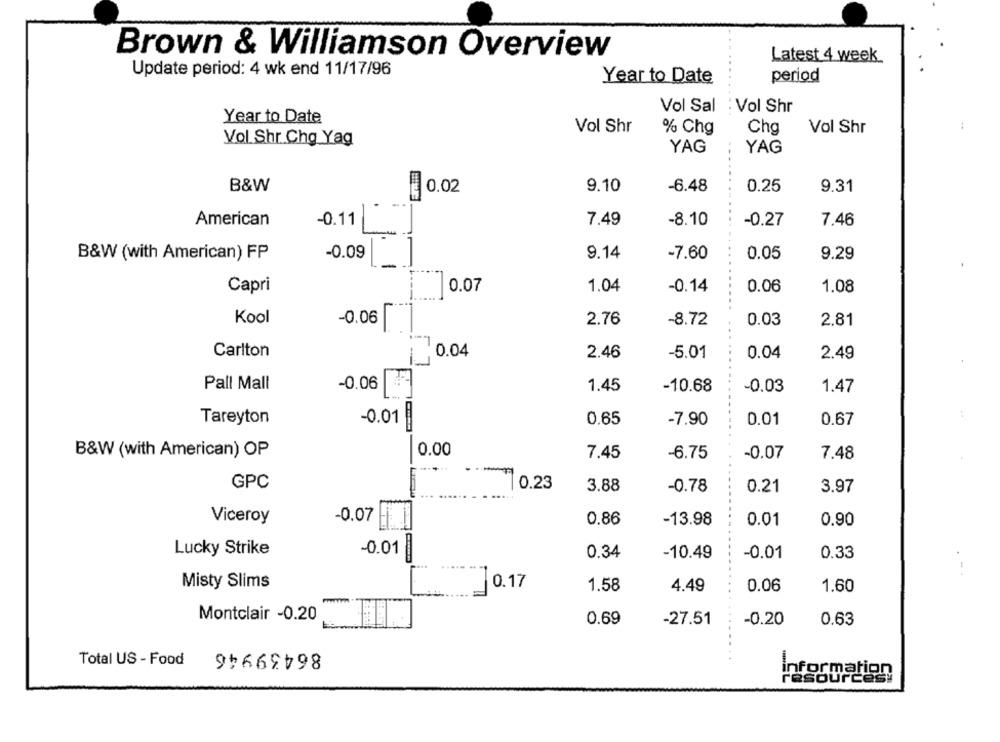
Brown & Williamson Overview
Latest 4 week
Update period: 4 wk end 11/17/96
Year to Date
period
Vol Sal
: Vol Shr
Year to Date
Vol Shr
% Chg
Chg
Vol Shr
Vol Shr Chg Yag
YAG
YAG
B&W
0.02
9.10
-6.48
0.25
9.31
American
-0.11
7.49
-8.10
-0.27
7.46
B&W (with American) FP
-0.09
9.14
-7.60
0.05
9.29
-
Capri
0.07
1.04
-0.14
0.06
1.08
Kool
-0.06
2.76
-8.72
0.03
2.81
Carlton
0.04
2.46
-5.01
0.04
2.49
-0.06
Pall Mall
1.45
-10.68
-0.03
1.47
Tareyton
-0.01
0.65
-7.90
0.01
0.67
0.00
B&W (with American) OP
7.45
-6.75
-0.07
7.48
GPC
0.23
3.88
-0.78
0.21
3.97
Viceroy
-0.07
0.86
-13.98
0.01
0.90
Lucky Strike
-0.01
0.34
-10.49
-0.01
0.33
Misty Slims
0.17
1.58
4.49
0.06
1.60
Montclair -0.20
0.69
-27.51
-0.20
0.63
-
86439946
Total US - Food